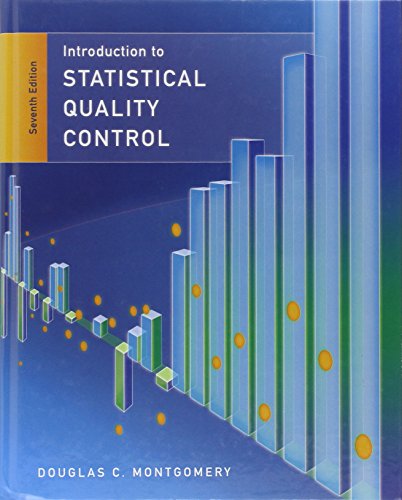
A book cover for Statistical Quality Control; Douglas C. Montgomery; Business & Money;